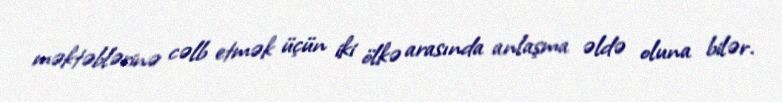
məktəblərinə cəlb etmək üçün iki ölkə arasında anlaşma əldə oluna bilər.